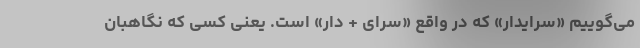
می‌گوییم «سرایدار» که در واقع «سرای + دار» است. یعنی کسی که نگاهبان